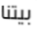
بيتنا